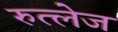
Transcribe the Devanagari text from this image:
रुत्लेज